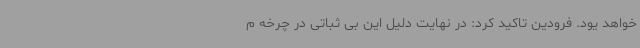
خواهد یود. فرودین تاکید کرد: در نهایت دلیل این بی ثباتی در چرخه م